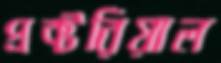
প্রক্টরিয়াল